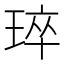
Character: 琗